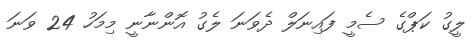
ލީގު ކަޕްގެ ސެމީ ފައިނަލް ދެވަނަ ލެގު އޮންނާނީ މިމަހު 24 ވަނަ